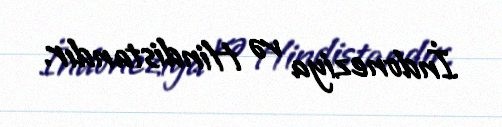
İndoneziya və Hindistandır.